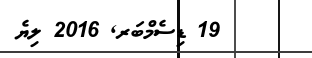
19 ޑިސެމްބަރ